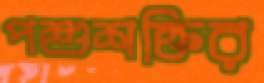
পশুশক্তির